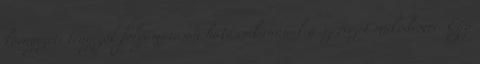
környezeti tényezők folyamatosan hatással vannak a szervezet működésére. Egy